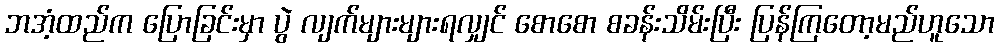
ဘအံ့ထည်က ပြောခြင်းမှာ ပွဲ လျက်များများရလျှင် စောစော စခန်းသိမ်းပြီး ပြန်ကြတော့မည်ဟူသော